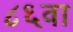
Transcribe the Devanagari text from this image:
८६वा